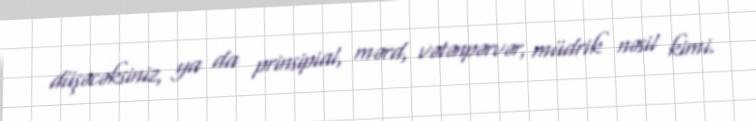
düşəcəksiniz, ya da prinsipial, mərd, vətənpərvər, müdrik nəsil kimi.